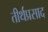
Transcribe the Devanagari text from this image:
तीर्थप्रसाद